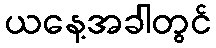
ယနေ့အခါတွင်